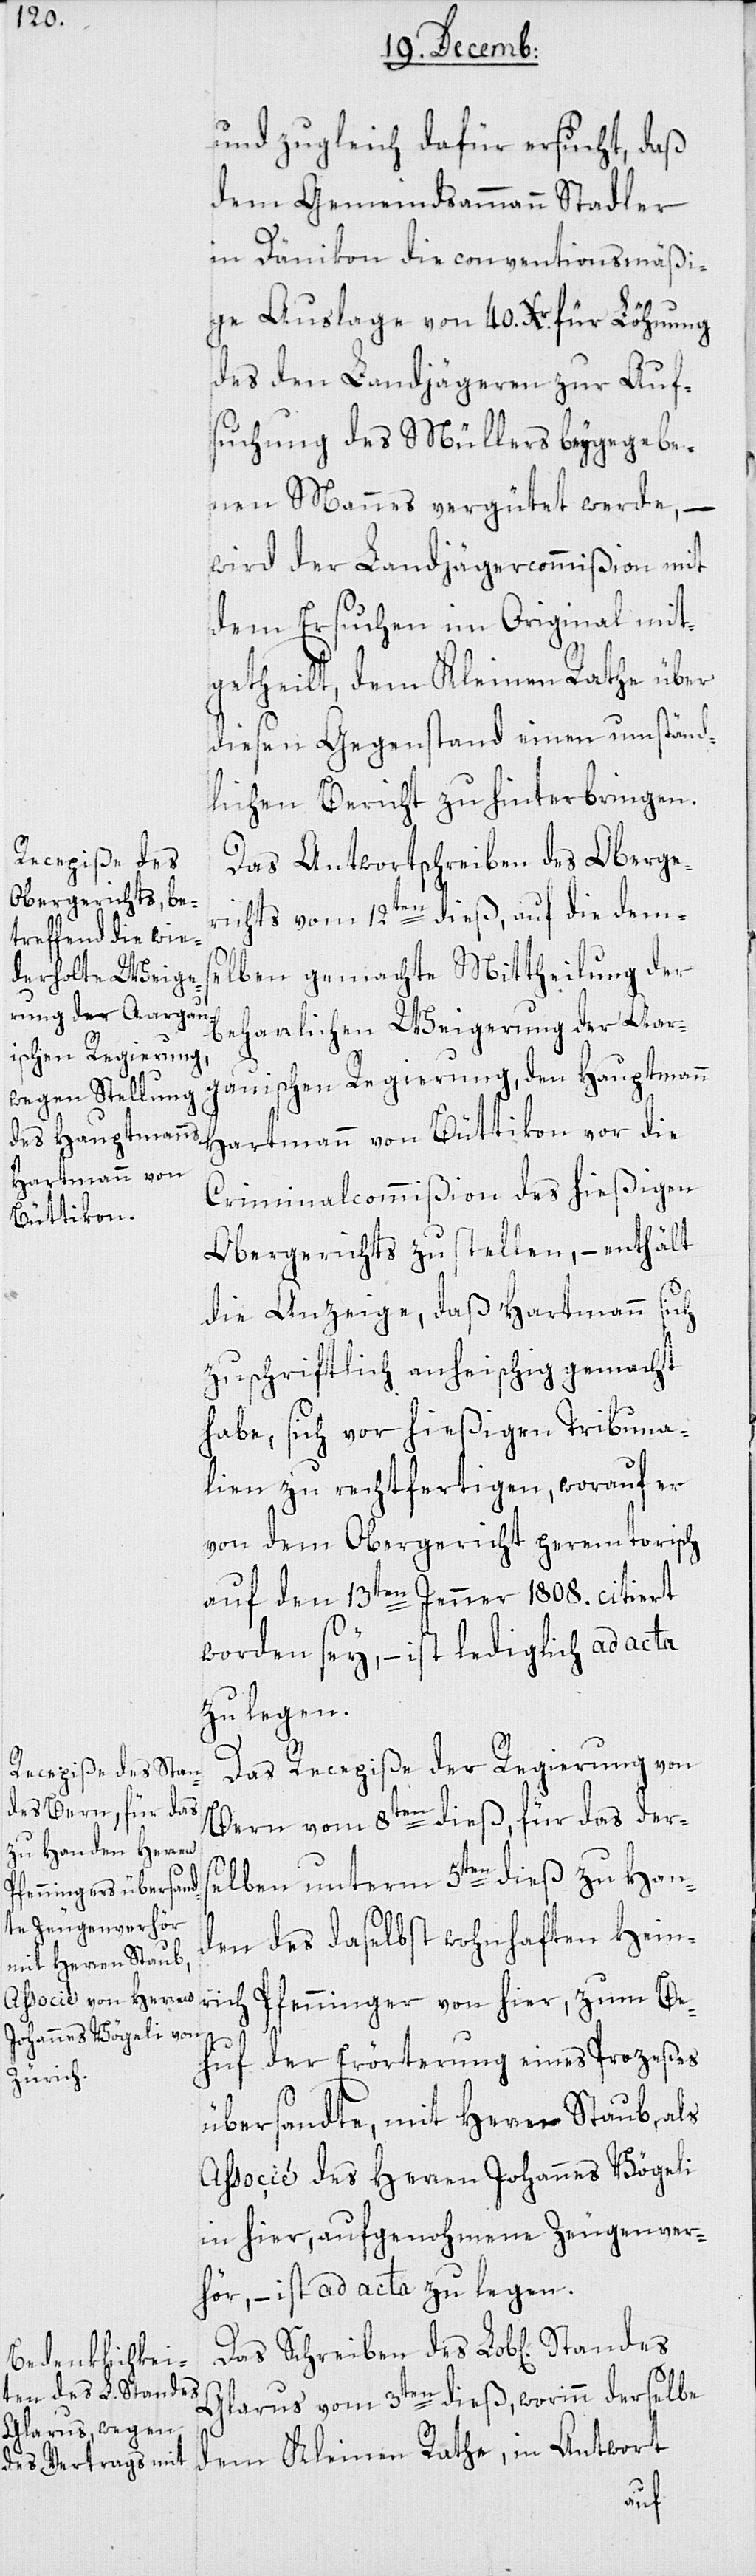
und zugleich dafür ersucht, daß
dem Gemeindammann Stadler
in Dänikon die conventionsmäßi¬
ge Auslage von 40. Xr. für Löhnung
des den Landjägeren zur Auf¬
suchung des Müllers beygegebe¬
nen Mannes vergütet werde, –
wird der Landjägercommißion mit
dem Ersuchen im Original mit¬
getheilt, dem Kleinen Rathe über
diesen Gegenstand einen umständ¬
lichen Bericht zu hinterbringen.
Das Antwortschreiben des Oberge¬
richts vom 12ten dieß, auf die dems¬
elben gemachte Mittheilung der
beharrlichen Weigerung der Aar¬
gauischen Regierung, den Hauptmann
Hartmann von Büttikon vor die
Criminalcommißion des hießigen
Obergerichts zu stellen, – enthält
die Anzeige, daß Hartmann sich
zuschriftlich anheischig gemacht
habe, sich vor hießigen Tribuna¬
lien zu rechtfertigen, worauf er
von dem Obergericht peremtorisch
auf den 13ten Jenner 1808. citiert
worden sey, – ist lediglich ad acta
zu legen.
Das Recepiße der Regierung von
Bern vom 8ten dieß, für das der¬
selben unterm 5ten dieß zu Han¬
den des daselbst wohnhaften Hein¬
rich Pfenninger von hier, zum Be¬
huf der Erörterung eines Prozeßes
übersandte, mit Herren Staub, als
Associé des Herren Johannes Vögeli
in hier, aufgenohmene Zeugenver¬
hör, – ist ad acta zu legen.
Glarus vom 3ten dieß, worinn derselbe
dem Kleinen Rathe, in Antwort
Das